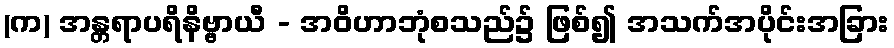
(က) အန္တရာပရိနိဗ္ဗာယီ - အဝိဟာဘုံစသည်၌ ဖြစ်၍ အသက်အပိုင်းအခြား